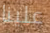
علينا